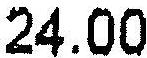
24.00